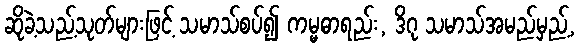
ဆိုခဲ့သည့်သုတ်များဖြင့် သမာသ်စပ်၍ ကမ္မဓာရည်း, ဒိဂု သမာသ်အမည်မှည့်,